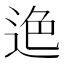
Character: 𨒶